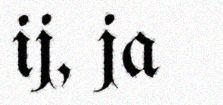
ij, ja